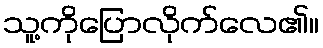
သူ့ကိုပြောလိုက်လေ၏။